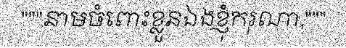
"""នាមចំពោះខ្លួនឯងខ្ញុំករុណា,"""